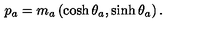
p _ { a } = m _ { a } \left( \cosh \theta _ { a } , \sinh \theta _ { a } \right) .